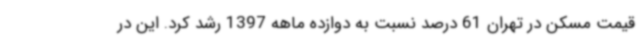
قیمت مسکن در تهران 61 درصد نسبت به دوازده ماهه 1397 رشد کرد. این در